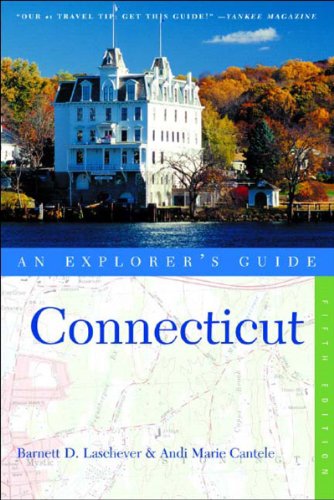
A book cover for Connecticut: An Explorer's Guide, Fifth Edition; Barnett D. Laschever; Travel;